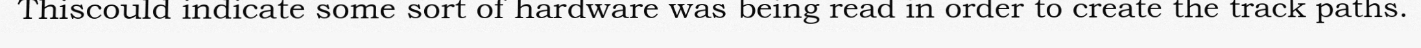
Thiscould indicate some sort of hardware was being read in order to create the track paths.